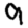
Digit: 9